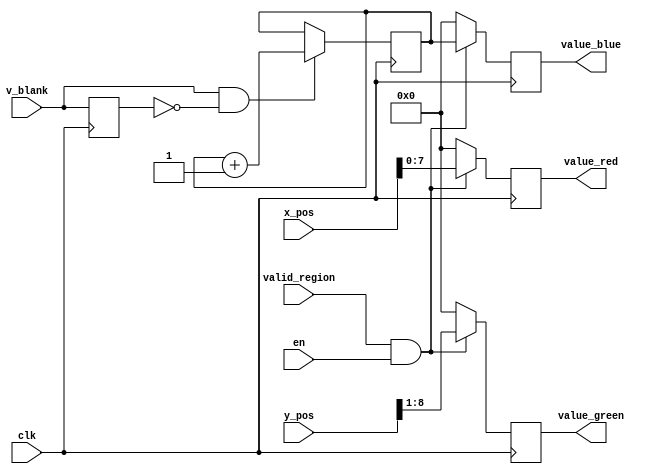
//
// Copyright (c) 2015 Thomas R. Murphy and Case Western Reserve University
// All Rights Reserved
//
// Developed by Thomas Russell Murphy (trm70) during employment as teaching
// assistant of EECS 301 at CWRU.
//
// THIS SOFTWARE IS PROVIDED BY THE COPYRIGHT HOLDERS AND CONTRIBUTORS ``AS IS''
// AND ANY EXPRESS OR IMPLIED WARRANTIES, INCLUDING, BUT NOT LIMITED TO, THE
// IMPLIED WARRANTIES OF MERCHANTABILITY AND FITNESS FOR A PARTICULAR PURPOSE ARE
// DISCLAIMED. IN NO EVENT SHALL THE COPYRIGHT HOLDER OR CONTRIBUTORS BE LIABLE FOR
// ANY DIRECT, INDIRECT, INCIDENTAL, SPECIAL, EXEMPLARY, OR CONSEQUENTIAL DAMAGES
// (INCLUDING, BUT NOT LIMITED TO, PROCUREMENT OF SUBSTITUTE GOODS OR SERVICES;
// LOSS OF USE, DATA, OR PROFITS; OR BUSINESS INTERRUPTION) HOWEVER CAUSED AND ON
// ANY THEORY OF LIABILITY, WHETHER IN CONTRACT, STRICT LIABILITY, OR TORT
// (INCLUDING NEGLIGENCE OR OTHERWISE) ARISING IN ANY WAY OUT OF THE USE OF THIS
// SOFTWARE, EVEN IF ADVISED OF THE POSSIBILITY OF SUCH DAMAGE.
//

module demo_video
       (
           input clk, en,
           input [ 9: 0 ] x_pos, y_pos,
           input valid_region, v_blank,
           output reg [ 7: 0 ] value_red, value_green, value_blue
       );

reg [ 7: 0 ] counter;
reg last_v_blank;

always @( posedge clk ) begin
    last_v_blank <= v_blank;

    if ( v_blank & ~last_v_blank ) begin
        counter <= counter + 1'b1;
    end
    else begin
        counter <= counter;
    end

    if ( valid_region && en ) begin
        value_red <= x_pos[ 7: 0 ];
        value_green <= y_pos[ 8: 1 ];
        value_blue <= counter;
    end
    else begin
        value_red <= 1'b0;
        value_green <= 1'b0;
        value_blue <= 1'b0;
    end

end

endmodule